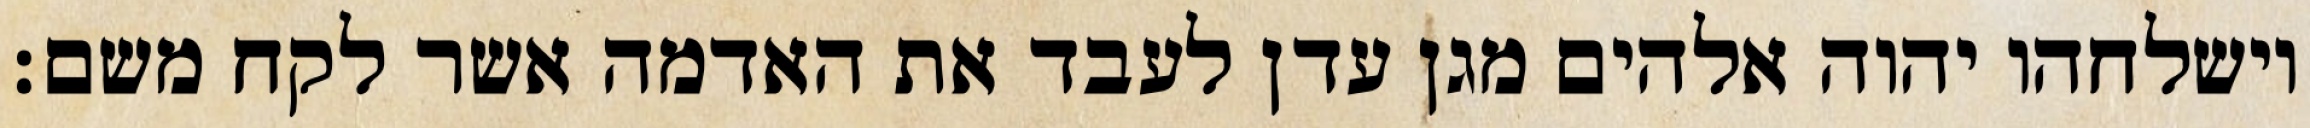
וישלחהו יהוה אלהים מגן עדן לעבד את האדמה אשר לקח משם׃